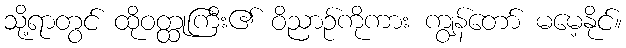
သို့ရာတွင် ထိုဝတ္ထုကြီး၏ ဝိညာဉ်ကိုကား ကျွန်တော် မမေ့နိုင်။